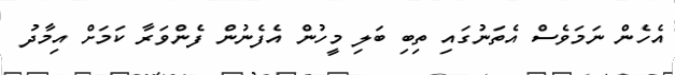
އެހެން ނަމަވެސް އެތަނުގައި ތިބި ބަލި މީހުން އެފެނުން ފެންވަރާ ކަމަށް އިމާދު